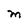
Character: M